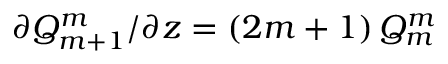
\partial { Q _ { m + 1 } ^ { m } } / \partial z = ( 2 m + 1 ) \, Q _ { m } ^ { m }